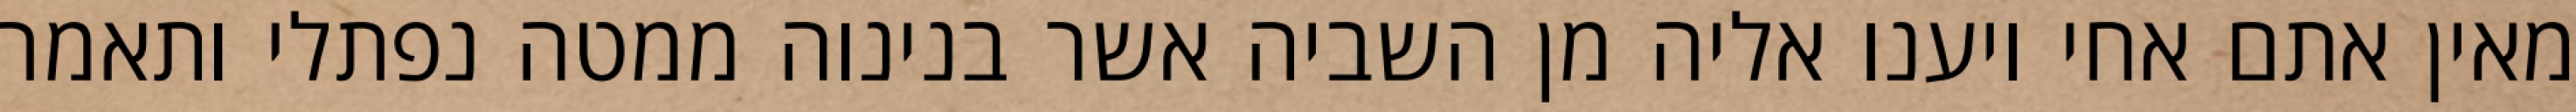
מאין אתם אחי ויענו אליה מן השביה אשר בנינוה ממטה נפתלי ותאמר